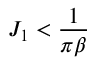
J _ { 1 } < \frac { 1 } { \pi \beta }